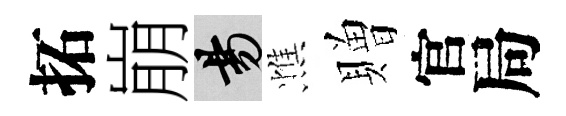
拓崩昜憔贈官局